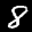
Label: 8